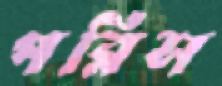
পরিস